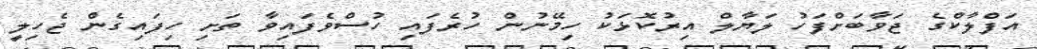
އަފްލާކްގެ ޖަވާބަށްފަހު ލަޔާލް އިރުކޮޅަކު ހިމޭނުން ހުރެފައި ހުސްވެފައިވާ ތަށި ހިފައިގެން ޖެހިލީ